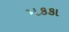
મકકા